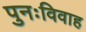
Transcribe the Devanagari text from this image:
पुनःविवाह